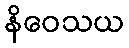
နိဝေသယ